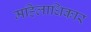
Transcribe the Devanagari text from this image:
महिलाधिकार